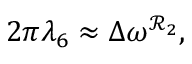
2 \pi \lambda _ { 6 } \approx \Delta \omega ^ { \mathcal { R } _ { 2 } } ,